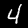
Digit: 4